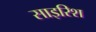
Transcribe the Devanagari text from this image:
साइरिश